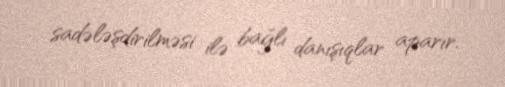
sadələşdirilməsi ilə bağlı danışıqlar aparır.